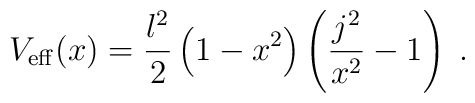
V_{\rm eff}(x)= \frac{l^2}{2}\left(1-x^2\right)\left(\frac{j^2}{x^2}-1 \right)\;.